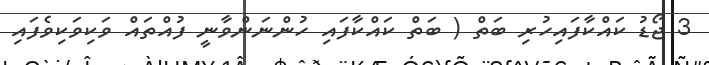
3 ޖޯޑު ކައްކާފައިހުރި ބަތް ( ބަތް ކައްކާފައި ހުންނަންވާނީ ފުއްތައް ވަކިވަކިވެފައި